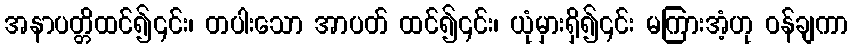
အနာပတ္တိထင်၍၎င်း၊ တပါးသော အာပတ် ထင်၍၎င်း၊ ယုံမှားရှိ၍၎င်း မကြားအံ့ဟု ဝန်ချကာ